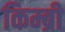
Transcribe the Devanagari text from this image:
किम्ब्री